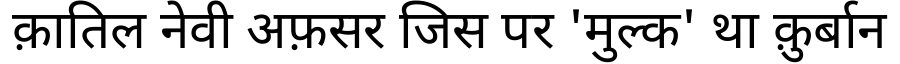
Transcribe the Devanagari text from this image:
क़ातिल नेवी अफ़सर जिस पर 'मुल्क' था क़ुर्बान